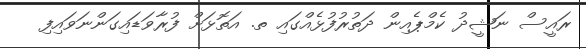
ރައީސް ނަޝީދު ކެމްޕެއިން ދަތުރުފުޅެއްގައި ތ. އަތޮޅަށް ފުރާވަޑައިގަންނަވައިފި